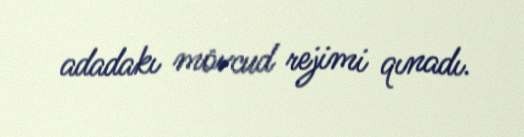
adadakı mövcud rejimi qınadı.